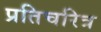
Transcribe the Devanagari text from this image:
प्रतिचरित्र